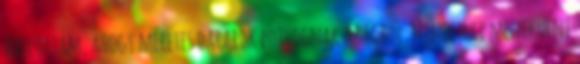
hallottam, ahogy méretes darabok potyognak az égből. Mindenki menekülni